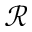
\mathcal { R }